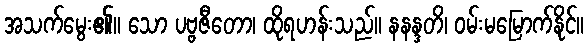
အသက်မွေး၏။ သော ပဗ္ဗဇီတော၊ ထိုရဟန်းသည်။ နနန္ဒတိ၊ ဝမ်းမမြောက်နိုင်။